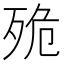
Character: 𣧼